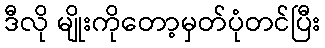
ဒီလို မျိုးကိုတော့မှတ်ပုံတင်ပြီး